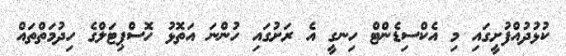
ކުޅުދުއްފުށީގައި މި އެކްސިޑެންޓް ހިނގީ އެ ރަށުގައި ހުންނަ އަތޮޅު ހޮސްޕިޓަލްގެ ހިދުމަތްތައް